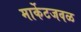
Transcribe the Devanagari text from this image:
मार्केटजवळ